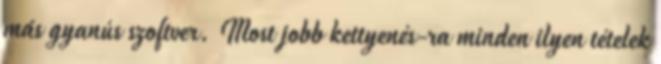
más gyanús szoftver. Most jobb kettyenés-ra minden ilyen tételek